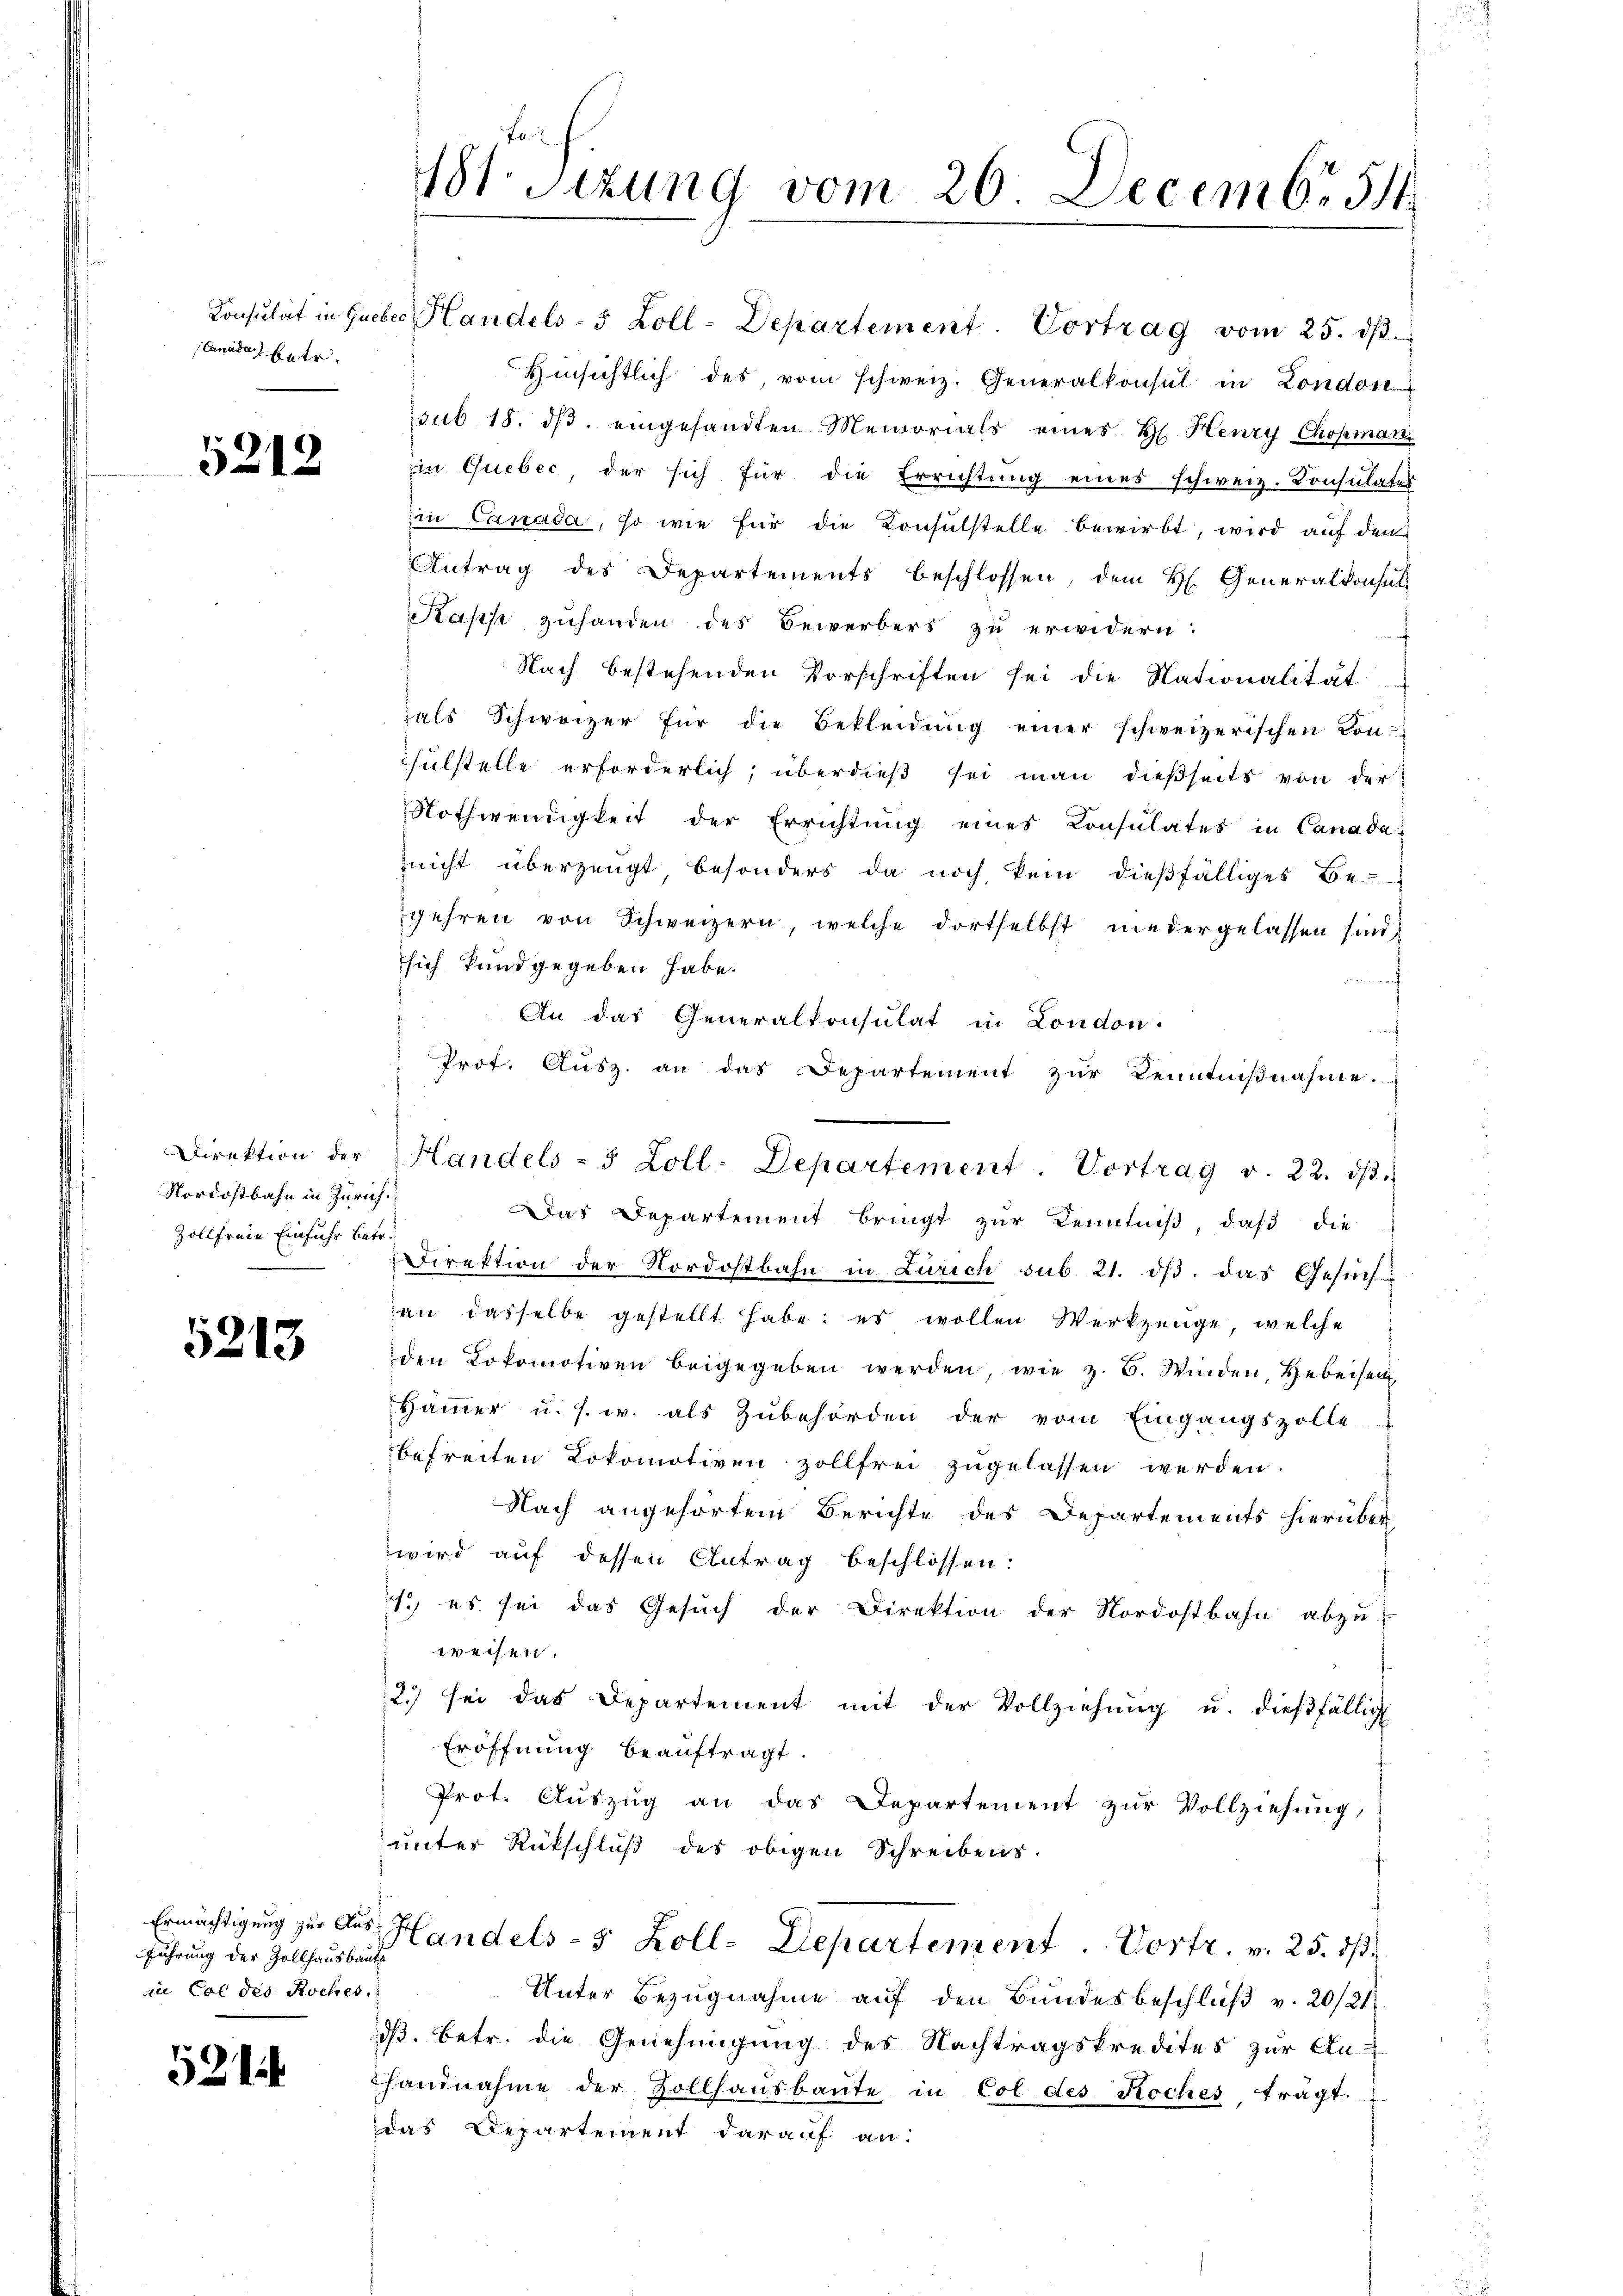
Canada betr.

5212

Nordostbahn in Zürich.
Zollfreie Einfuhr betr.

5213

führung der Zollhausbaute
in Col des Roches.

521

181. Sitzung vom 26. Decembr 54

Konsulat in Greber Handels- 5 Zoll-Departement. Vortrag vom 25. dβ.
Hinsichtlich des vom schweiz. Generalkonsul in London
sub 18. dβ eingesandten Memorials eines H. Henry Chopman
in Quebec, der sich für die Errichtŭng eines schweiz. Konsulater
in Canada, so wie für die Consulstelle bewirbt, wird auf den
Antrag des Departements beschlossen, dem H. Generalkonsul
Kasse zuhanden des Bewerbers zu erwidern:
Nach bestehenden Vorschriften sei die Nationalität
als Schweizer für die Bekleidung einer schweizerischen Kon-
hülstelle erforderlich, überdieβ sei man dießseits von der
Nothwendigkeit der Errichtung eines Consulates in Canada-
nicht überzeugt, besonders da noch kein dießfälliges Be-
gehren von Schweizern, welche dortselbst niedergelassen sind,
sich kundgegeben habe.
uch
An das Generalkonsulat in London.
s
Prot. Ausz. an das Departement zur Kenntnißnahme.
Das Departement bringt zur Kenntniß, daß die
Direktion der Nordostbahn in Zürich sub 21. dβ. das Gesuch
an dasselbe gestellt habe: es wollen Werkzeuge, welche
den Lokomotiven beigegeben werden, wie z. B. Winden, Gebeisen
Hämmer u. s. w. als Zubehörden der vom Eingangszolle
befreiten Lokomotiven zollfrei zugelassen werden.
Nach angehörtem Berichte des Departements hierüber
wird auf dessen Antrag beschlossen:
1.) es sei das Gesŭch der Direktion der Nordostbahn abzu
weisen.
2.) sei das Departement mit der Vollziehŭng u. dießfällig
Eröffnung beauftragt.
Prot. Auszug an das Departement zur Vollziehung,
unter Rückschluß des obigen Schreibens.
Ermächtigung zur Aus Handels- 5 Zoll-Departement . Vortr. v. 25. dβ.
Unter Bezugnahme auf den Bundesbeschluß v. 20/21.
dß. betr. die Genehmigung des Nachtragskredites zur An-
handnahme der Zollhaŭsbaŭte in Col des Koches trägt.
das Departement darauf an:

Direktion der Handels- 3 Zoll-Departement. Vortrag v. 22. dβ.